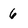
Character: 6